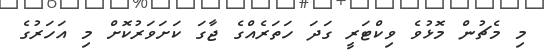
މި މެޗުން މޮޅުވެ ވިކްޓަރީ ގަދަ ހަތަރެއްގެ ޖާގަ ކަށަވަރުކޮށް މި އަހަރުގެ